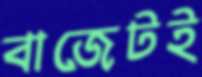
বাজেটই